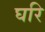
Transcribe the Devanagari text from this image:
घरि